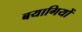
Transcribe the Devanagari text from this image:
बयागियों